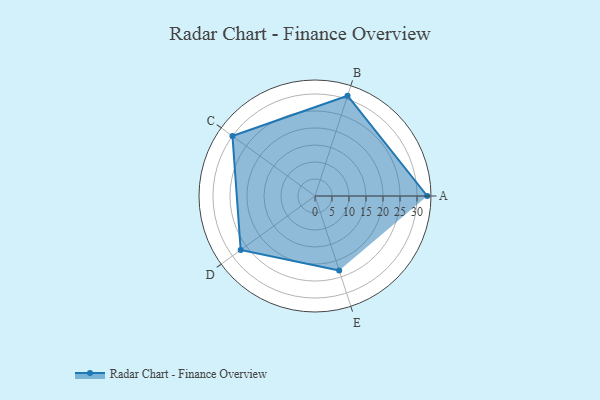
{"axis": {"x": "Skill", "y": "Score"}, "legend": ["Profile"], "data": [{"x": "A", "y": 33.0, "type": "Profile"}, {"x": "B", "y": 31.0, "type": "Profile"}, {"x": "C", "y": 30.0, "type": "Profile"}, {"x": "D", "y": 27.0, "type": "Profile"}, {"x": "E", "y": 23.0, "type": "Profile"}]}